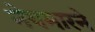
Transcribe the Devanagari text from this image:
नेयमारने